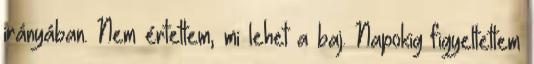
irányában. Nem értettem, mi lehet a baj. Napokig figyeltettem